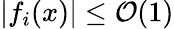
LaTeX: \left|f_{i}(x)\right|\le{\cal{O}}(1)